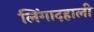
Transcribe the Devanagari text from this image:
लिंगादहाली